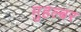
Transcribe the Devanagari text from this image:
मुहल्बर